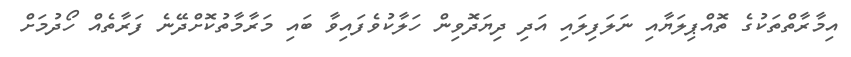
އިމާރާތްތަކުގެ ތޮއްޕިލަޔާއި ނަލަފިލައި އަދި ދިޔަދޮވިން ހަލާކުވެފައިވާ ބައި މަރާމާތުކޮށްދޭނެ ފަރާތެއް ހޯދުމަށް